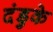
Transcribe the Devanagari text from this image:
दंडुके